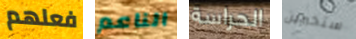
فعلهم الناعم الحراسة ستخبرين